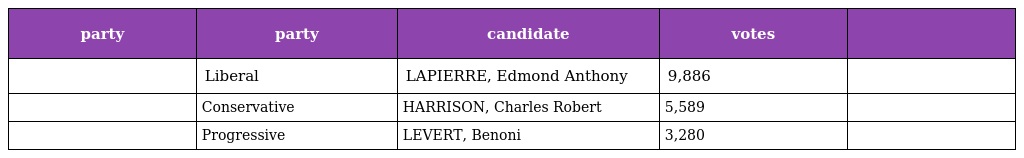
| party | party | candidate | votes |  |
 | --- | --- | --- | --- | --- |
 |  | Liberal | LAPIERRE, Edmond Anthony | 9,886 |  |
 |  | Conservative | HARRISON, Charles Robert | 5,589 |  |
 |  | Progressive | LEVERT, Benoni | 3,280 |  |